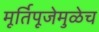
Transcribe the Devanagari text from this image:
मूर्तिपूजेमुळेच